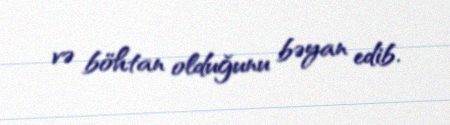
və böhtan olduğunu bəyan edib.